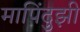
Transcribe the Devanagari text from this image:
मापिंदुझी